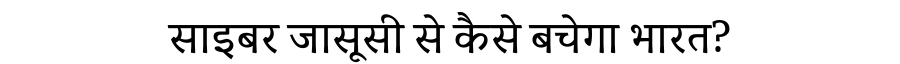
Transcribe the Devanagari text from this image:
साइबर जासूसी से कैसे बचेगा भारत?